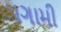
ાગામી